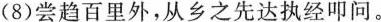
(8)尝趋百里外，从乡之先达执经叩问。